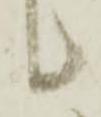
候